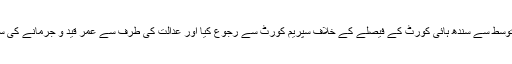
شاہ رُخ جتوئی نے اپنے وکیل کے توسط سے سندھ ہائی کورٹ کے فیصلے کے خلاف سپریم کورٹ سے رجوع کیا اور عدالت کی طرف سے عمر قید و جرمانے کی سزا کالعدم قرار دینے کی استدعا کی۔